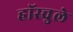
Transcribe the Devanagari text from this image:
हॉस्चुले